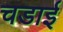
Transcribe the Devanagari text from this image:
चडाई